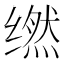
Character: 𬙇